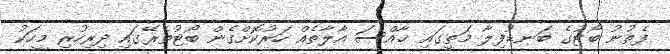
ފެތުނު ބޯޓުގެ ބަނޑުފިލާ މަތީގައި ޚާއްސަ އާލާތެއް ހަރުކޮށްގެން ބޯޓުތެރޭގައި ދިރިހުރި މީހަކު